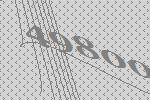
49800